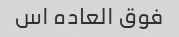
فوق العاده اس